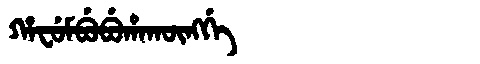
Manchu: ᡥᠠᠸᡠᠮᠪᡠᠪᡠᡥᠠᡴᡡᠩᡤᡝ
Romanization: HAFUMBUBUHAKŪNGGE